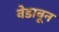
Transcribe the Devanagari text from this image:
वेडावून